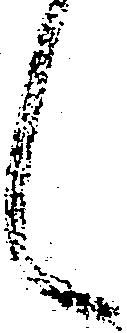
候